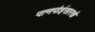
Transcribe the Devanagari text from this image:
पाणपोईसारखे